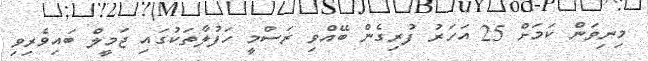
މިނިވަން ކަމަށް 25 އަހަރު ފުރިގެން ބޭއްވި ރަސްމީ ހަފުލާތަކުގައި ޖަމީލް ބައިވެރިވި